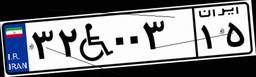
۳۲W۰۰۳۱۵